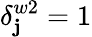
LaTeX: \delta_{\mathbf{j}}^{w2}=1